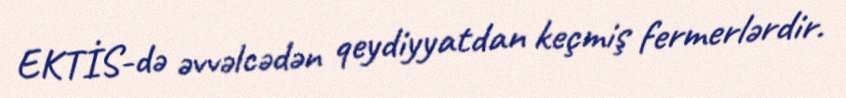
EKTİS-də əvvəlcədən qeydiyyatdan keçmiş fermerlərdir.